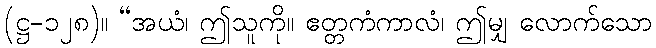
(ဋ္ဌ-၁၂၈)။ “အယံ၊ ဤသူကို။ ဧတ္တကံကာလံ၊ ဤမျှ လောက်သော